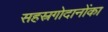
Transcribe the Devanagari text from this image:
सहस्रगोदानोंका